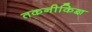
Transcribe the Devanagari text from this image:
तकनीकिज्ञ